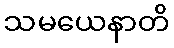
သမယေနာတိ